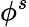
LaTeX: \phi^{s}